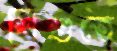
শিশুতে